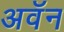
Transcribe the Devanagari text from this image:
अवॅन